Civil Veterinary Department Bengal reports 1933-51 - 1933-1951
Year: 1933
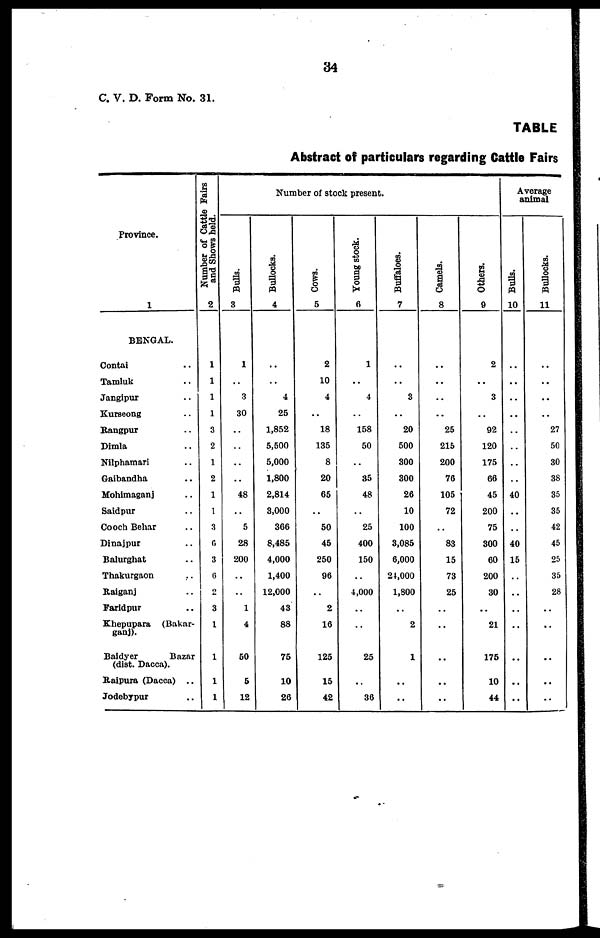
34
C. V. D. Form No. 31.
TABLE
Abstract of particulars regarding Cattle Fairs
Province.
1
BENGAL.
Contai ..
Tamluk ..
Jangipur ..
Kurseong ..
Rangpur ..
Dimla ..
Nilphamari ..
Gaibandha ..
Mohimaganj ..
Saidpur ..
Cooch Behar ..
Dinajpur ..
Balurghat ..
Thakurgaon ..
Raiganj ..
Faridpur ..
Khepupara (Bakar-
ganj).
Baidyer
Bazar
(dist. Dacca).
Raipura (Dacca) ..
Jodebypur ..
Number of Cattle Fairs
and Shows held.
2
1
1
1
1
3
2
1
2
1
1
3
6
3
6
2
3
1
1
1
1
Number of stock present.
Bulls.
3
1
..
3
30
..
..
..
..
48
..
5
28
200
..
..
1
4
50
5
12
Bullocks.
4
..
..
4
25
1,852
5,500
5,000
1,800
2,814
3,000
366
8,485
4,000
1,400
12,000
43
88
75
10
26
Cows.
5
2
10
4
..
18
135
8
20
65
..
50
45
250
96
..
2
16
125
15
42
Young stock.
6
1
..
4
..
158
50
..
35
48
..
25
400
150
..
4,000
..
..
25
..
36
Buffaloes.
7
..
..
3
..
20
500
300
300
26
10
100
3,085
6,000
24,000
1,800
..
2
1
..
..
Camels.
8
..
..
..
..
25
215
200
76
105
72
..
83
15
73
25
..
..
..
..
..
Others.
9
2
..
3
..
92
120
175
66
45
200
75
300
60
200
30
..
21
175
10
44
Average
animal
Bulls.
10
..
..
..
..
..
..
..
..
40
..
..
40
15
..
..
..
..
..
Bullocks.
11
..
..
..
..
27
50
30
38
35
35
42
45
25
35
28
..
..
..
..